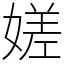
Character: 嫅